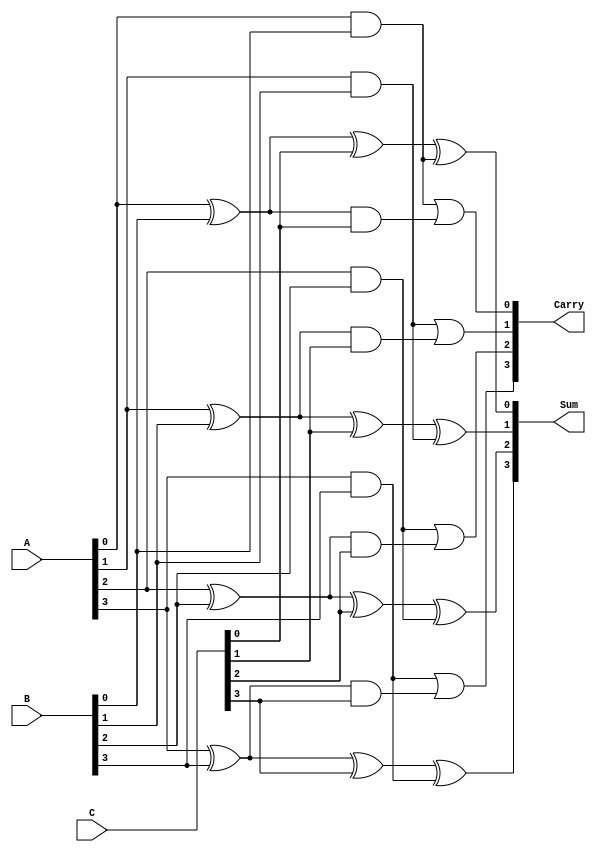
module DynamicCarrySaveAdder #(parameter n = 4) (
    input  [n-1:0] A, 
    input  [n-1:0] B, 
    input  [n-1:0] C, 
    output [n-1:0] Sum, 
    output [n-1:0] Carry
);

// Intermediate wires for partial sums and carries
wire [n-1:0] sum1, sum2, carry1, carry2;
wire [n-1:0] final_sum, final_carry;

// First stage: Full adders for pairwise addition
genvar i;
generate
    for (i = 0; i < n; i = i + 1) begin: first_stage
        // Full adder for A and B
        assign sum1[i] = A[i] ^ B[i]; // Sum output
        assign carry1[i] = A[i] & B[i]; // Carry output
    end
endgenerate

generate
    for (i = 0; i < n; i = i + 1) begin: second_stage
        // Full adder for sum1 and C
        assign sum2[i] = sum1[i] ^ C[i]; // Sum output
        assign carry2[i] = sum1[i] & C[i]; // Carry output
    end
endgenerate

// Second stage: Combine the partial sums and carries
generate
    for (i = 0; i < n; i = i + 1) begin: combine_stage
        // Final sum and carry outputs
        assign final_sum[i] = sum2[i] ^ carry1[i]; // Final sum output
        assign final_carry[i] = carry1[i] | carry2[i]; // Final carry output
    end
endgenerate

// Assign final outputs
assign Sum = final_sum;
assign Carry = final_carry;

endmodule